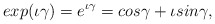
\begin{align*}exp(\iota\gamma)= e^{\iota\gamma} =cos\gamma +\iota sin\gamma,\end{align*}